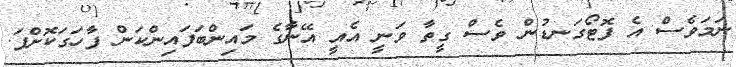
ނަމަވެސް އެ ފޮޓޯގަނޑުން ވެސް ގީތާ ވަނީ އެއީ އޭނާގެ މައިންބަފައިންކަން ފާހަގަކޮށްފަ.